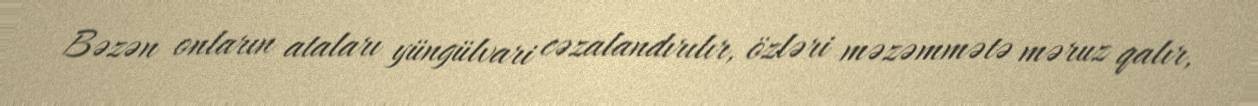
Bəzən onların ataları yüngülvari cəzalandırılır, özləri məzəmmətə məruz qalır,